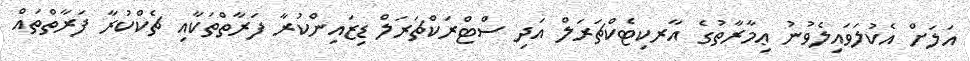
އަލަށް އެކުލަވައިލެވުނު ޢިމާރާތުގެ އާރކިޓެކްޗަރަލް އަދި ސްޓްރަކްޗަރަލް ޑިޒައިންކުރާ ފަރާތްތަކާއި ޗެކްކުރާ ފަރާތްތައް